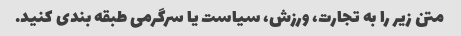
متن زیر را به تجارت، ورزش، سیاست یا سرگرمی طبقه بندی کنید.